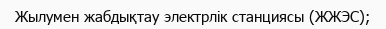
Жылумен жабдықтау электрлік станциясы (ЖЖЭС);